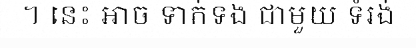
។ នេះ អាច ទាក់ទង ជាមួយ ទំរង់